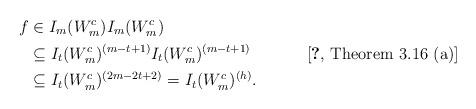
LaTeX: \begin{align*}f& \in I_m(W^c_m)I_{m}(W^c_m)\\&\subseteq I_t(W^c_m)^{(m-t+1)} I_{t}(W^c_m)^{(m-t+1)} & \hbox{\cite[Theorem 3.16 (a)]{conca98}}\\&\subseteq I_{t}(W^c_m) ^{(2m-2t+2)} = I_t(W^c_m)^{(h)}.\end{align*}